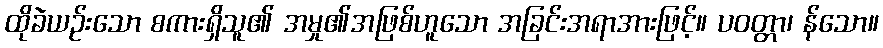
ထိုခဲယဉ်းသော စကားရှိသူ၏ အမှု၏အဖြစ်ဟူသော အခြင်းအရာအားဖြင့်။ ပဝတ္တာ၊ န်သော။